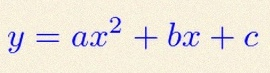
y=ax^2+bx+c